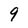
Character: 9